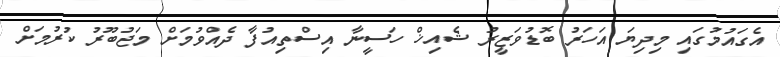
އެގައުމުގައި މިދިޔަ އަހަރު ބޮޑުވަޒީރު ޝެއިޚް ހަސީނާ އިސްތިއުފާ ދެއްވުމަށް މަޖުބޫރު ކުރުމަށް